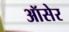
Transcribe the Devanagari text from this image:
ऑसेर